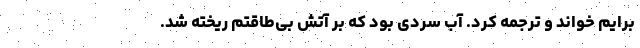
برایم خواند و ترجمه کرد. آب سردی بود که بر آتش بی‌طاقتم ریخته شد.